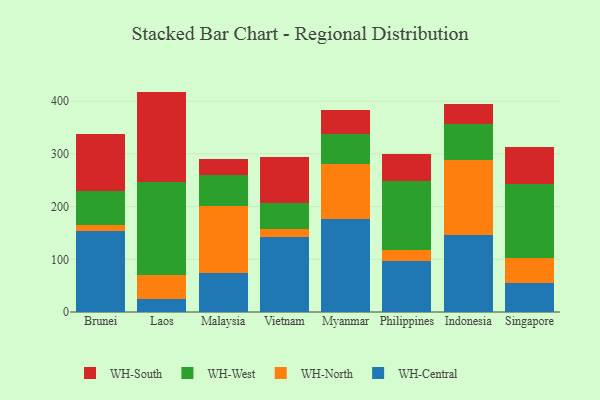
{"axis": {"x": "Country", "y": "Inventory Turnover"}, "legend": ["WH-Central", "WH-North", "WH-South", "WH-West"], "data": [{"x": "Brunei", "y": 153.7, "type": "WH-Central"}, {"x": "Brunei", "y": 11.5, "type": "WH-North"}, {"x": "Brunei", "y": 64.6, "type": "WH-West"}, {"x": "Brunei", "y": 107.3, "type": "WH-South"}, {"x": "Laos", "y": 25.4, "type": "WH-Central"}, {"x": "Laos", "y": 44.6, "type": "WH-North"}, {"x": "Laos", "y": 176.0, "type": "WH-West"}, {"x": "Laos", "y": 172.2, "type": "WH-South"}, {"x": "Malaysia", "y": 74.8, "type": "WH-Central"}, {"x": "Malaysia", "y": 126.1, "type": "WH-North"}, {"x": "Malaysia", "y": 58.5, "type": "WH-West"}, {"x": "Malaysia", "y": 31.5, "type": "WH-South"}, {"x": "Vietnam", "y": 142.3, "type": "WH-Central"}, {"x": "Vietnam", "y": 14.4, "type": "WH-North"}, {"x": "Vietnam", "y": 50.7, "type": "WH-West"}, {"x": "Vietnam", "y": 86.1, "type": "WH-South"}, {"x": "Myanmar", "y": 176.0, "type": "WH-Central"}, {"x": "Myanmar", "y": 104.0, "type": "WH-North"}, {"x": "Myanmar", "y": 58.4, "type": "WH-West"}, {"x": "Myanmar", "y": 45.0, "type": "WH-South"}, {"x": "Philippines", "y": 97.2, "type": "WH-Central"}, {"x": "Philippines", "y": 20.9, "type": "WH-North"}, {"x": "Philippines", "y": 130.5, "type": "WH-West"}, {"x": "Philippines", "y": 52.0, "type": "WH-South"}, {"x": "Indonesia", "y": 146.8, "type": "WH-Central"}, {"x": "Indonesia", "y": 141.5, "type": "WH-North"}, {"x": "Indonesia", "y": 68.5, "type": "WH-West"}, {"x": "Indonesia", "y": 37.7, "type": "WH-South"}, {"x": "Singapore", "y": 55.5, "type": "WH-Central"}, {"x": "Singapore", "y": 47.9, "type": "WH-North"}, {"x": "Singapore", "y": 139.9, "type": "WH-West"}, {"x": "Singapore", "y": 69.6, "type": "WH-South"}]}